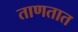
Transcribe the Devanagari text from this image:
ताणतात